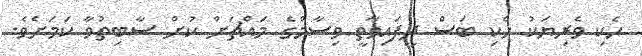
ހެކި ވެރިޔަކު ހެކި ބަސް ދީފައިވާތީ ވިސާމްގެ މައްޗަށް ކުށް ސާބިތުވާ ކަމަށެވެ.